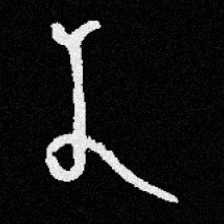
Pyu character \u2014 Myanmar letter: န (romanized: na)